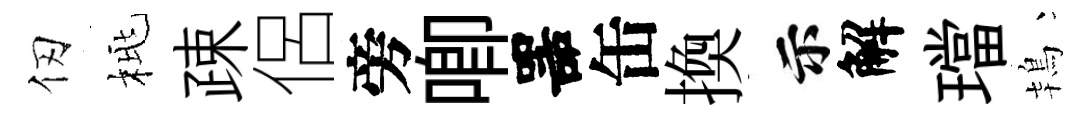
仞桃疎侶旁唧噐缶換示解璫鴇